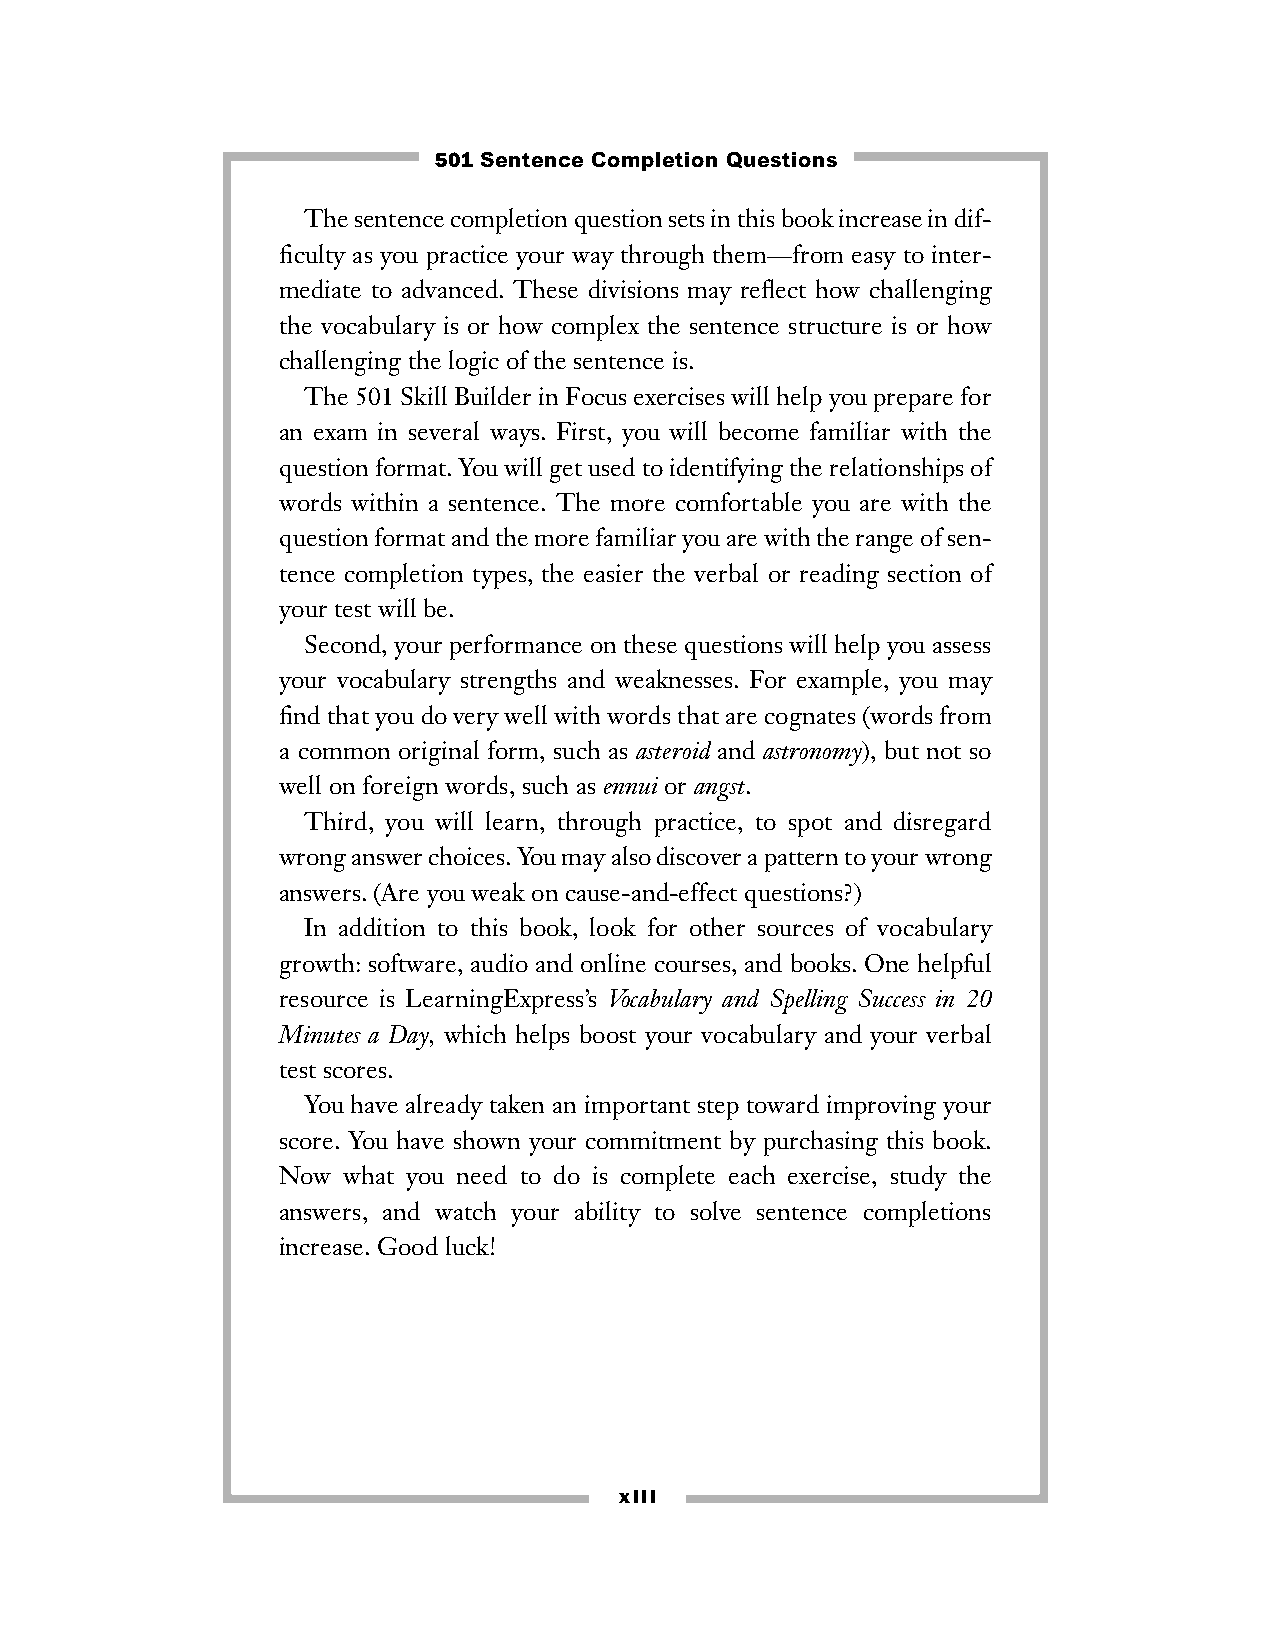
501 Sentence Completion Questions
 The sentence completion question sets in this book increase in dif-
 ficulty as you practice your way through them—from easy to inter-
 mediate to advanced. These divisions may reflect how challenging
 the vocabulary is or how complex the sentence structure is or how
 challenging the logic of the sentence is.
 The 501 Skill Builder in Focus exercises will help you prepare for
 an exam in several ways. First, you will become familiar with the
 question format. You will get used to identifying the relationships of
 words within a sentence. The more comfortable you are with the
 question format and the more familiar you are with the range of sen-
 tence completion types, the easier the verbal or reading section of
 your test will be.
 Second, your performance on these questions will help you assess
 your vocabulary strengths and weaknesses. For example, you may
 find that you do very well with words that are cognates (words from
 a common original form, such as asteroid and astronomy), but not so
 well on foreign words, such as ennui or angst.
 Third, you will learn, through practice, to spot and disregard
 wrong answer choices. You may also discover a pattern to your wrong
 answers. (Are you weak on cause-and-effect questions?)
 In addition to this book, look for other sources of vocabulary
 growth: software, audio and online courses, and books. One helpful
 resource is LearningExpress’s Vocabulary and Spelling Success in 20
 Minutes a Day, which helps boost your vocabulary and your verbal
 test scores.
 You have already taken an important step toward improving your
 score. You have shown your commitment by purchasing this book.
 Now  what you need to do is complete each exercise, study the
 answers, and watch your ability to solve sentence completions
 increase. Good luck!
 xiii